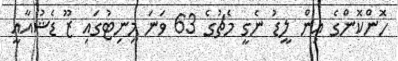
ހޮންކޮންގެ އިން ލީޑު ނެގީ މެޗުގެ 63 ވަނަ މިނިޓުގައި ޒޫ ޑެޝުއާއީ